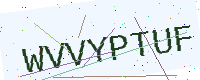
Text: WVVYPTUF